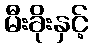
မီးခိုးနှင့်